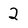
Character: 2